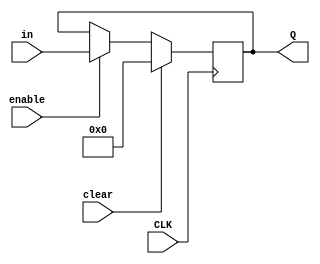
module ElevenBitRegister (
 input [10:0] in,
 input enable,
 input clear,
 input CLK,
 output reg [10:0] Q
);

wire [10:0] out;
/*
FlipFlop a(.D(in[0] & enable), .CLK(CLK), .Q(out[0]));
FlipFlop b(.D(in[1] & enable), .CLK(CLK), .Q(out[1]));
FlipFlop c(.D(in[2] & enable), .CLK(CLK), .Q(out[2]));
FlipFlop d(.D(in[3] & enable), .CLK(CLK), .Q(out[3]));
FlipFlop e(.D(in[4] & enable), .CLK(CLK), .Q(out[4]));
FlipFlop f(.D(in[5] & enable), .CLK(CLK), .Q(out[5]));
FlipFlop g(.D(in[6] & enable), .CLK(CLK), .Q(out[6]));
FlipFlop h(.D(in[7] & enable), .CLK(CLK), .Q(out[7]));
FlipFlop i(.D(in[8] & enable), .CLK(CLK), .Q(out[8]));
FlipFlop j(.D(in[9] & enable), .CLK(CLK), .Q(out[9]));
FlipFlop k(.D(in[10] & enable), .CLK(CLK), .Q(out[10]));
*/
always @(posedge CLK) begin
 if (clear)
  Q <= 11'b0;
 else if (enable)
  Q <= in;
end
endmodule